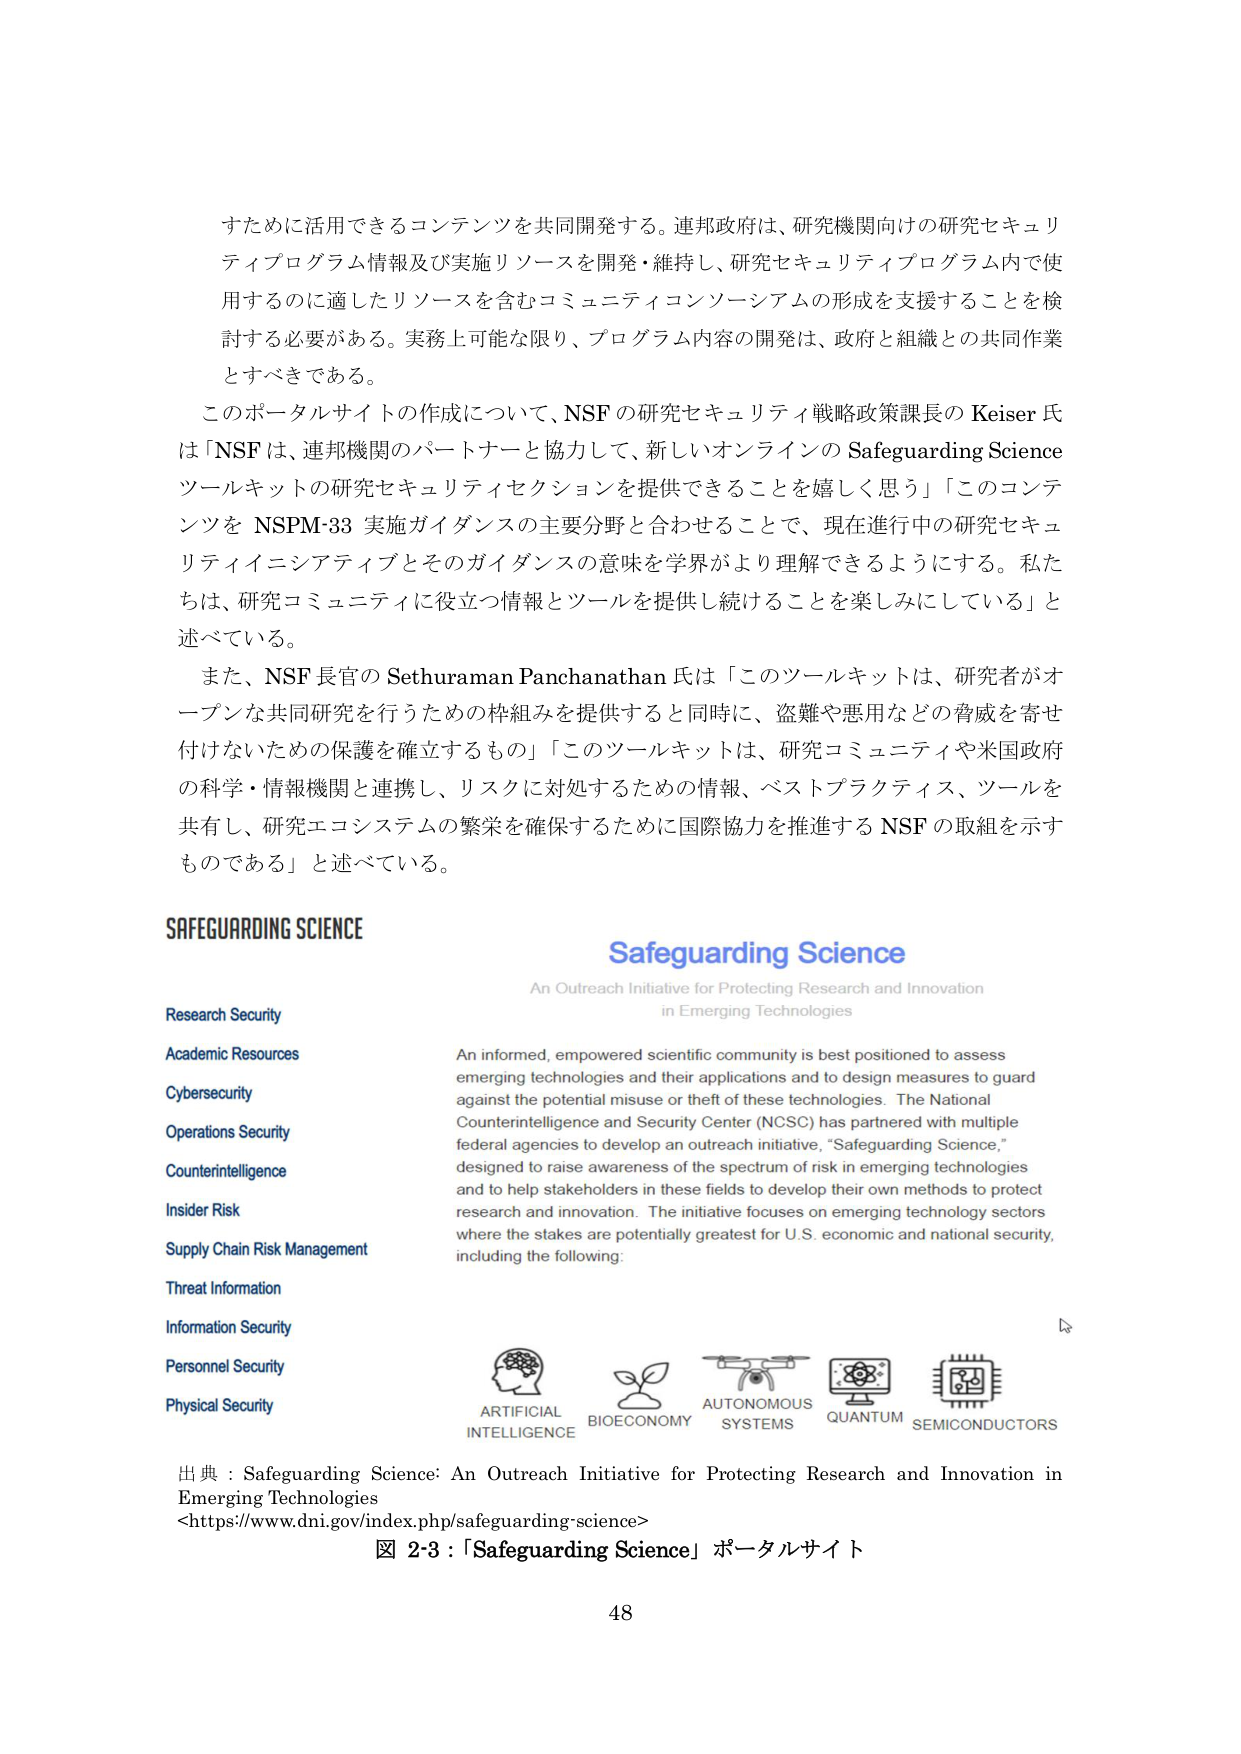
すために活用できるコンテンツを共同開発する。連邦政府は、研究機関向けの研究セキュリティプログラム情報及び実施リソースを開発・維持し、研究セキュリティプログラム内で使用するのに適したリソースを含むコミュニティコンソーシアムの形成を支援することを検討する必要がある。実務上可能な限り、プログラム内容の開発は、政府と組織との共同作業とすべきである。

このポータルサイトの作成について、NSF の研究セキュリティ戦略政策課長の Keiser 氏は「NSF は、連邦機関のパートナーと協力して、新しいオンラインの Safeguarding Science ツールキットの研究セキュリティセクションを提供できることを嬉しく思う」「このコンテンツを NSPM-33 実施ガイダンスの主要分野と合わせることで、現在進行中の研究セキュリティイニシアティブとそのガイダンスの意味を学界がより理解できるようにする。私たちは、研究コミュニティに役立つ情報とツールを提供し続けることを楽しみにしている」と述べている。

また、NSF 長官の Sethuraman Panchanathan 氏は「このツールキットは、研究者がオープンな共同研究を行うための枠組みを提供すると同時に、盗難や悪用などの脅威を寄せ付けないための保護を確立するもの」「このツールキットは、研究コミュニティや米国政府の科学・情報機関と連携し、リスクに対処するための情報、ベストプラクティス、ツールを共有し、研究エコシステムの繁栄を確保するために国際協力を推進する NSF の取組を示すものである」と述べている。

SAFEGUARDING SCIENCE

Research Security
Academic Resources
Cybersecurity
Operations Security
Counterintelligence
Insider Risk
Supply Chain Risk Management
Threat Information
Information Security
Personnel Security
Physical Security

Safeguarding Science
An Outreach Initiative for Protecting Research and Innovation
in Emerging Technologies

An informed, empowered scientific community is best positioned to assess emerging technologies and their applications and to design measures to guard against the potential misuse or theft of these technologies. The National Counterintelligence and Security Center (NCSC) has partnered with multiple federal agencies to develop an outreach initiative, “Safeguarding Science,” designed to raise awareness of the spectrum of risk in emerging technologies and to help stakeholders in these fields to develop their own methods to protect research and innovation. The initiative focuses on emerging technology sectors where the stakes are potentially greatest for U.S. economic and national security, including the following:

ARTIFICIAL INTELLIGENCE
BIOECONOMY
AUTONOMOUS SYSTEMS
QUANTUM
SEMICONDUCTORS

出典：Safeguarding Science: An Outreach Initiative for Protecting Research and Innovation in Emerging Technologies
<https://www.dni.gov/index.php/safeguarding-science>
図 2-3：「Safeguarding Science」ポータルサイト

48